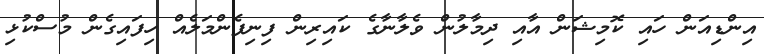
އިންޑިއަން ހައި ކޮމިޝަން އާއި ދިމާލުން ވެލާނާގެ ކައިރިން ފިނިފެންމަލެއް ހިފައިގެން މުސްކުޅި